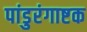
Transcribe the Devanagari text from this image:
पांडुरंगाष्टक